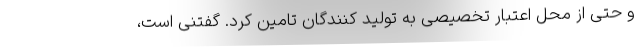
و حتی از محل اعتبار تخصیصی به تولید کنندگان تامین کرد. گفتنی است،